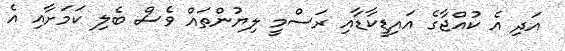
އަދި އެ ކުއްޖާގެ އައިޑީކާޑާއި ރަސްމީ ލިޔުންތައް ވެސް ބެލި ކަމަށާއި އެ